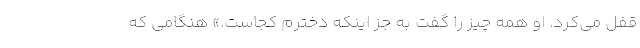
قفل می‌کرد. او همه چیز را گفت به جز اینکه دخترم کجاست.» هنگامی که